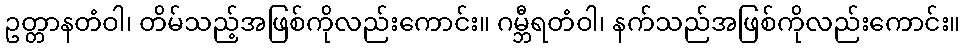
ဥတ္တာနတံဝါ၊ တိမ်သည့်အဖြစ်ကိုလည်းကောင်း။ ဂမ္ဘီရတံဝါ၊ နက်သည်အဖြစ်ကိုလည်းကောင်း။